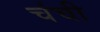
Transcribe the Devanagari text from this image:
चंची